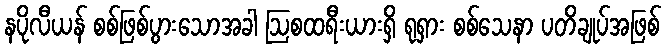
နပိုလီယန် စစ်ဖြစ်ပွားသောအခါ ဩစထရီးယားရှိ ရုရှား စစ်သေနာ ပတိချုပ်အဖြစ်